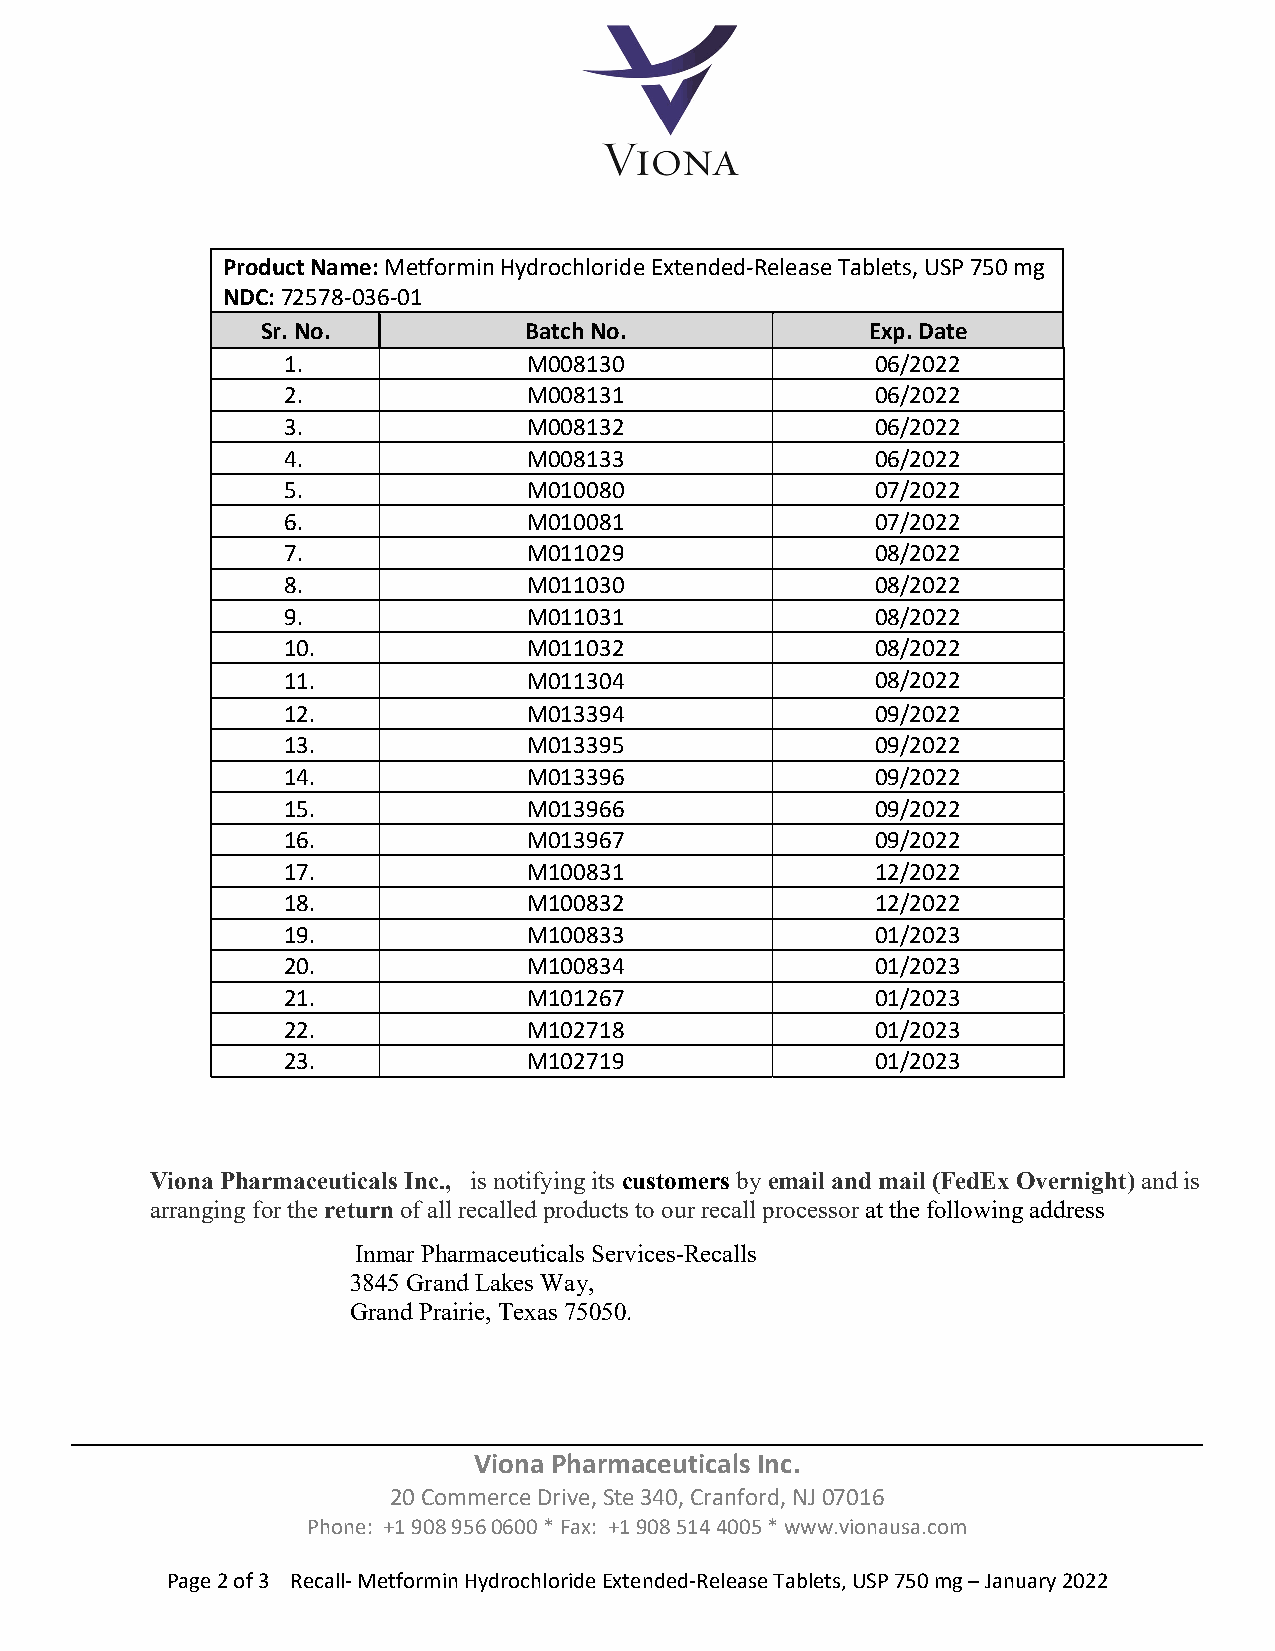
Product Name: Metformin Hydrochloride Extended‐Release Tablets, USP 750 mg
 NDC: 72578‐036‐01
 Sr. No.           Batch No.              Exp. Date
 1.              M008130                06/2022
 2.              M008131                06/2022
 3.              M008132                06/2022
 4.              M008133                06/2022
 5.              M010080                07/2022
 6.              M010081                07/2022
 7.              M011029                08/2022
 8.              M011030                08/2022
 9.              M011031                08/2022
 10.             M011032                08/2022
 11.             M011304                08/2022
 12.             M013394                09/2022
 13.             M013395                09/2022
 14.             M013396                09/2022
 15.             M013966                09/2022
 16.             M013967                09/2022
 17.             M100831                12/2022
 18.             M100832                12/2022
 19.             M100833                01/2023
 20.             M100834                01/2023
 21.             M101267                01/2023
 22.             M102718                01/2023
 23.             M102719                01/2023
 Viona Pharmaceuticals Inc., is notifying its customers by email and mail (FedEx Overnight) and is
 arranging for the return of all recalled products to our recall processor at the following address
 Inmar Pharmaceuticals Services-Recalls
 3845 Grand Lakes Way,
 Grand Prairie, Texas 75050.
 Viona Pharmaceuticals Inc.
 20 Commerce Drive, Ste 340, Cranford, NJ 07016
 Phone: +1 908 956 0600 * Fax: +1 908 514 4005 * www.vionausa.com
 Page 2 of 3 Recall‐ Metformin Hydrochloride Extended‐Release Tablets, USP 750 mg – January 2022